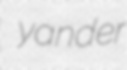
yander